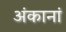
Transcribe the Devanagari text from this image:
अंकानां